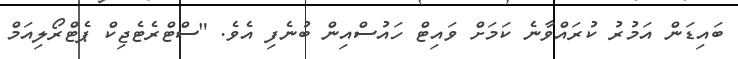
ބައިޑަން އަމުރު ކުރައްވާނެ ކަމަށް ވައިޓް ހައުސްއިން ބުނެފި އެވެ. "ސްޓްރެޓެޖިކް ޕެޓްރޯލިއަމް